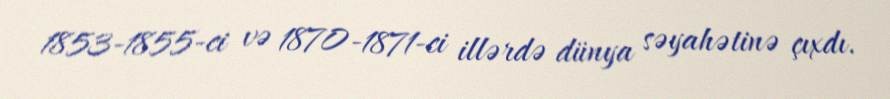
1853-1855-ci və 1870-1871-ci illərdə dünya səyahətinə çıxdı.